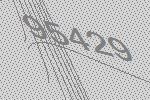
95429